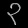
Digit: ၃